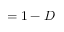
= 1 - D